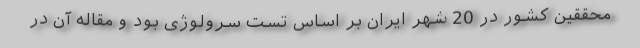
محققین کشور در 20 شهر ایران بر اساس تست سرولوژی بود و مقاله آن در